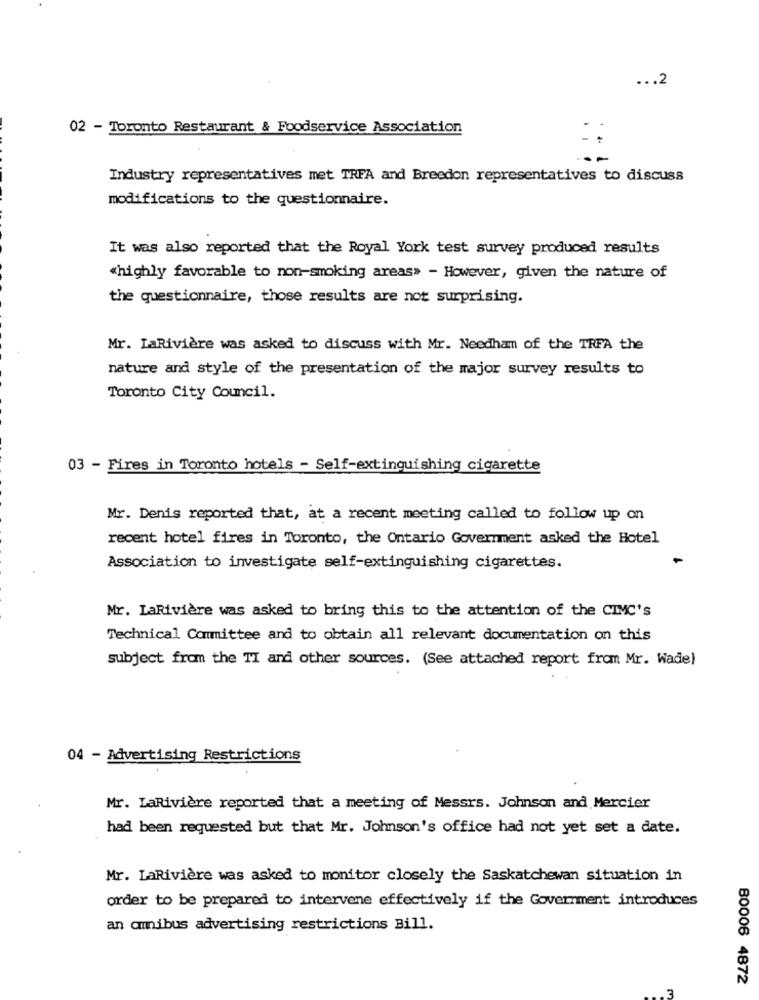
... 2
02 - Toronto Restaurant & Foodservice Association
Industry representatives met TRFA and Breedon representatives to discuss
modifications to the questionnaire.
It was also reported that the Royal York test survey produced results
«highly favorable to non-smoking areas> - However, given the nature of
the questionnaire, those results are not surprising.
Mr. LaRivière was asked to discuss with Mr. Needham of the TRFA the
nature and style of the presentation of the major survey results to
Toronto City Council.
03 - Fires in Toronto hotels - Self-extinguishing cigarette
Mr. Denis reported that, at a recent meeting called to follow up on
recent hotel fires in Toronto, the Ontario Government asked the Hotel
Association to investigate self-extinguishing cigarettes.
Mr. LaRivière was asked to bring this to the attention of the CIMC's
Technical Committee and to obtain all relevant documentation on this
subject from the TI and other sources. (See attached report from Mr. Wade)
04 - Advertising Restrictions
Mr. LaRivière reported that a meeting of Messrs. Johnson and Mercier
had been requested but that Mr. Johnson's office had not yet set a date.
Mr. LaRivière was asked to monitor closely the Saskatchewan situation in
order to be prepared to intervene effectively if the Government introduces
an amibus advertising restrictions Bill.
80006 4872